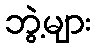
ဘွဲ့များ